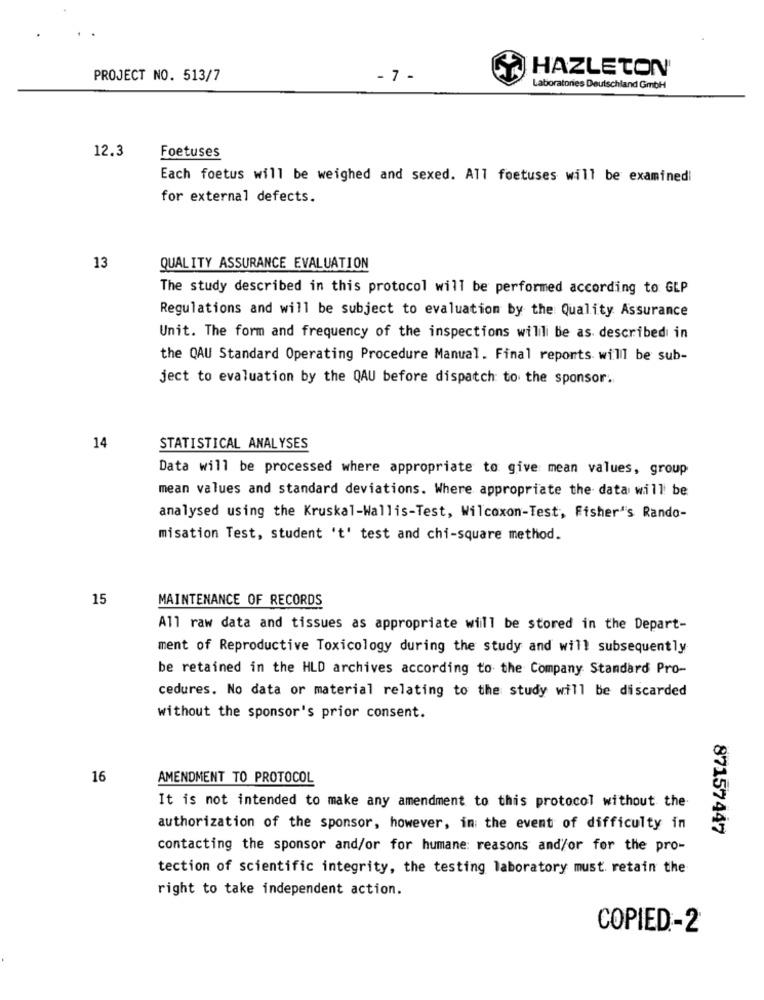
HAZLETON'
PROJECT NO. 513/7
- 7 -
Laboratories Deutschland GmbH
12.3
Foetuses
Each foetus will be weighed and sexed. All foetuses will be examinedi
for external defects.
13
QUALITY ASSURANCE EVALUATION
The study described in this protocol will be performed according to GLP
Regulations and will be subject to evaluation by the Quality Assurance
Unit. The form and frequency of the inspections wilili be as described in
the QAU Standard Operating Procedure Manual. Final reports will be sub-
ject to evaluation by the QAU before dispatch to the sponsor.
14
STATISTICAL ANALYSES
Data will be processed where appropriate to give mean values, group
mean values and standard deviations. Where appropriate the data will be
analysed using the Kruskal-Wallis-Test, Wilcoxon-Test, Fisher's Rando-
misation Test, student 't' test and chi-square method.
15
MAINTENANCE OF RECORDS
All raw data and tissues as appropriate will be stored in the Depart-
ment of Reproductive Toxicology during the study and will subsequently
be retained in the HLD archives according to the Company Standard Pro-
cedures. No data or material relating to the study will be discarded
without the sponsor's prior consent.
16
AMENDMENT TO PROTOCOL
It is not intended to make any amendment to this protocol without the
authorization of the sponsor, however, in the event of difficulty in
87157447
contacting the sponsor and/or for humane: reasons and/or for the pro-
tection of scientific integrity, the testing laboratory must retain the
right to take independent action.
COPIED-2